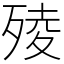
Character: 㱥